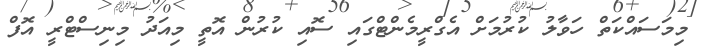
މިމަސައްކަތް ހަވާލު ކުރުމަށް އެގްރީމެންޓްގައި ސޮއި ކުރުން އޮތީ މިއަދު މިނިސްޓްރީ އޮފް